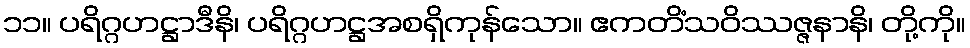
၁၁။ ပရိဂ္ဂဟဋ္ဌာဒီနိ၊ ပရိဂ္ဂဟဋ္ဌအစရှိကုန်သော။ ဧကတိံသဝိဿဇ္ဇနာနိ၊ တို့ကို။